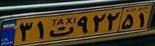
۳۱ت۹۲۲۵۱